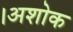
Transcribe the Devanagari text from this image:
।अशोक